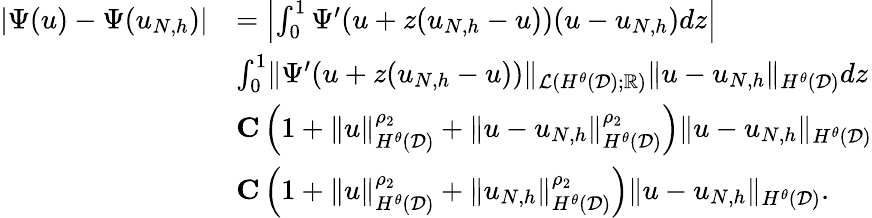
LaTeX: \begin{array}{rl}{|\Psi(u)-\Psi(u_{N,h})|}&{=\left|\int_{0}^{1}\Psi^{\prime}(u+z(u_{N,h}-u))(u-u_{N,h})dz\right|}\\ &{\le\int_{0}^{1}\| \Psi^{\prime}(u+z(u_{N,h}-u))\| _{\mathcal{L}(H^{\theta}(\mathcal{D});\mathbb{R})}\| u-u_{N,h}\| _{H^{\theta}(\mathcal{D})}dz}\\ &{\le C\left(1+\| u\| _{H^{\theta}(\mathcal{D})}^{\rho_{2}}+\| u-u_{N,h}\| _{H^{\theta}(\mathcal{D})}^{\rho_{2}}\right)\| u-u_{N,h}\| _{H^{\theta}(\mathcal{D})}}\\ &{\le C\left(1+\| u\| _{H^{\theta}(\mathcal{D})}^{\rho_{2}}+\| u_{N,h}\| _{H^{\theta}(\mathcal{D})}^{\rho_{2}}\right)\| u-u_{N,h}\| _{H^{\theta}(\mathcal{D})}.}\end{array}